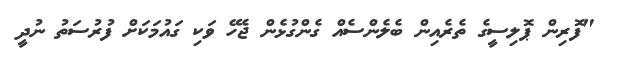
"ފޮރިން ޕޮލިސީގެ ތެރެއިން ބެލެންސެއް ގެންގުޅެން ޖެހޭ ވަކި ގައުމަކަށް ފުރުސަތު ނުދީ